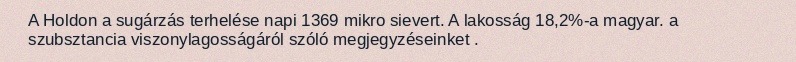
A Holdon a sugárzás terhelése napi 1369 mikro sievert. A lakosság 18,2%-a magyar. a szubsztancia viszonylagosságáról szóló megjegyzéseinket .